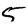
Digit: 5